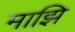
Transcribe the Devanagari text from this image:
माझि